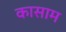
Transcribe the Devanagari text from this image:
कासाम